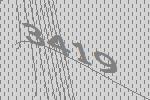
3419